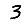
Digit: 3